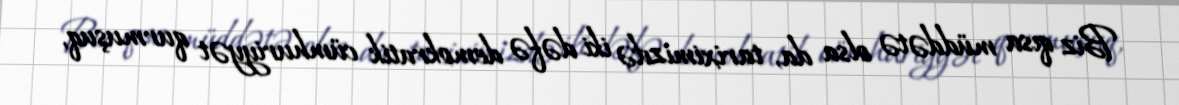
Biz qısa müddətə olsa da, tariximizdə iki dəfə demokratik cümhuriyyət qurmuşuq,